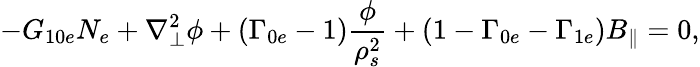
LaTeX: -G_{10e}N_{e}+\nabla_{\perp}^{2}\phi+(\Gamma_{0e}-1)\frac{\phi}{\rho_{s}^{2}}+(1-\Gamma_{0e}-\Gamma_{1e})B_{\parallel}=0,